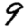
Digit: 9